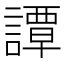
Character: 譚